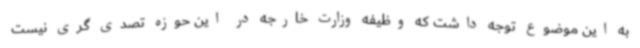
به این موضوع توجه داشت که وظیفه وزارت خارجه در این حوزه تصدی گری نیست